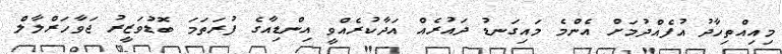
މިއިއްތިހާދު އުފެއްދުމަށް އެންމެ މައިގަނޑު ދައުރެއް އަދާކުރެއްވީ އިންޑިއާގެ ފުރަތަމަ ބޮޑުވަޒީރު ޖަވާހަރްލާލް